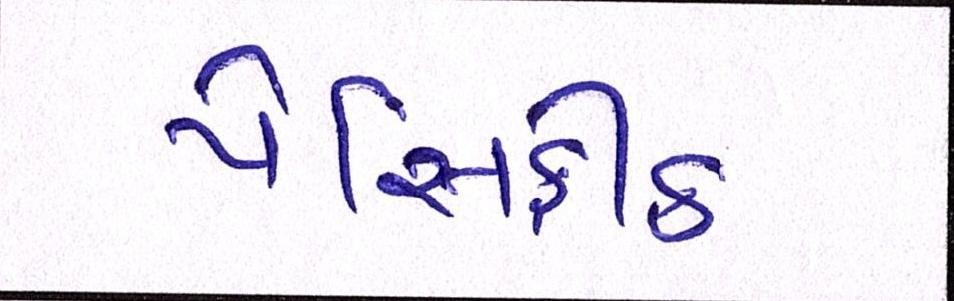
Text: પેસિફીક